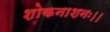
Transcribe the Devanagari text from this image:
शोकनाशनः।।